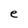
Character: e